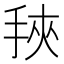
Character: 𰓰